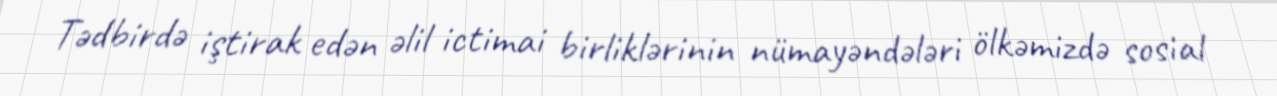
Tədbirdə iştirak edən əlil ictimai birliklərinin nümayəndələri ölkəmizdə sosial